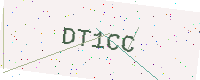
Text: DT1CC